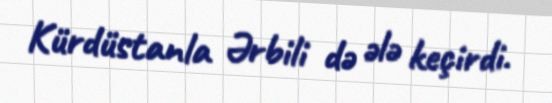
Kürdüstanla Ərbili də ələ keçirdi.